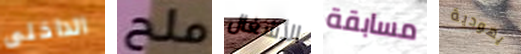
الداخلى ملح الأشغال مسابقة يهودية